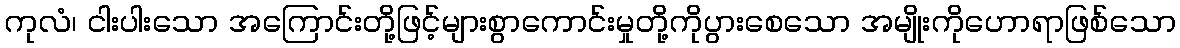
ကုလံ၊ ငါးပါးသော အကြောင်းတို့ဖြင့်များစွာကောင်းမှုတို့ကိုပွားစေသော အမျိုးကိုဟောရာဖြစ်သော